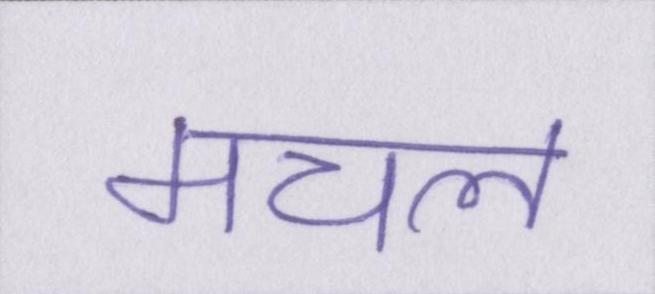
मचल